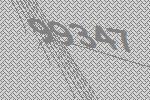
99347